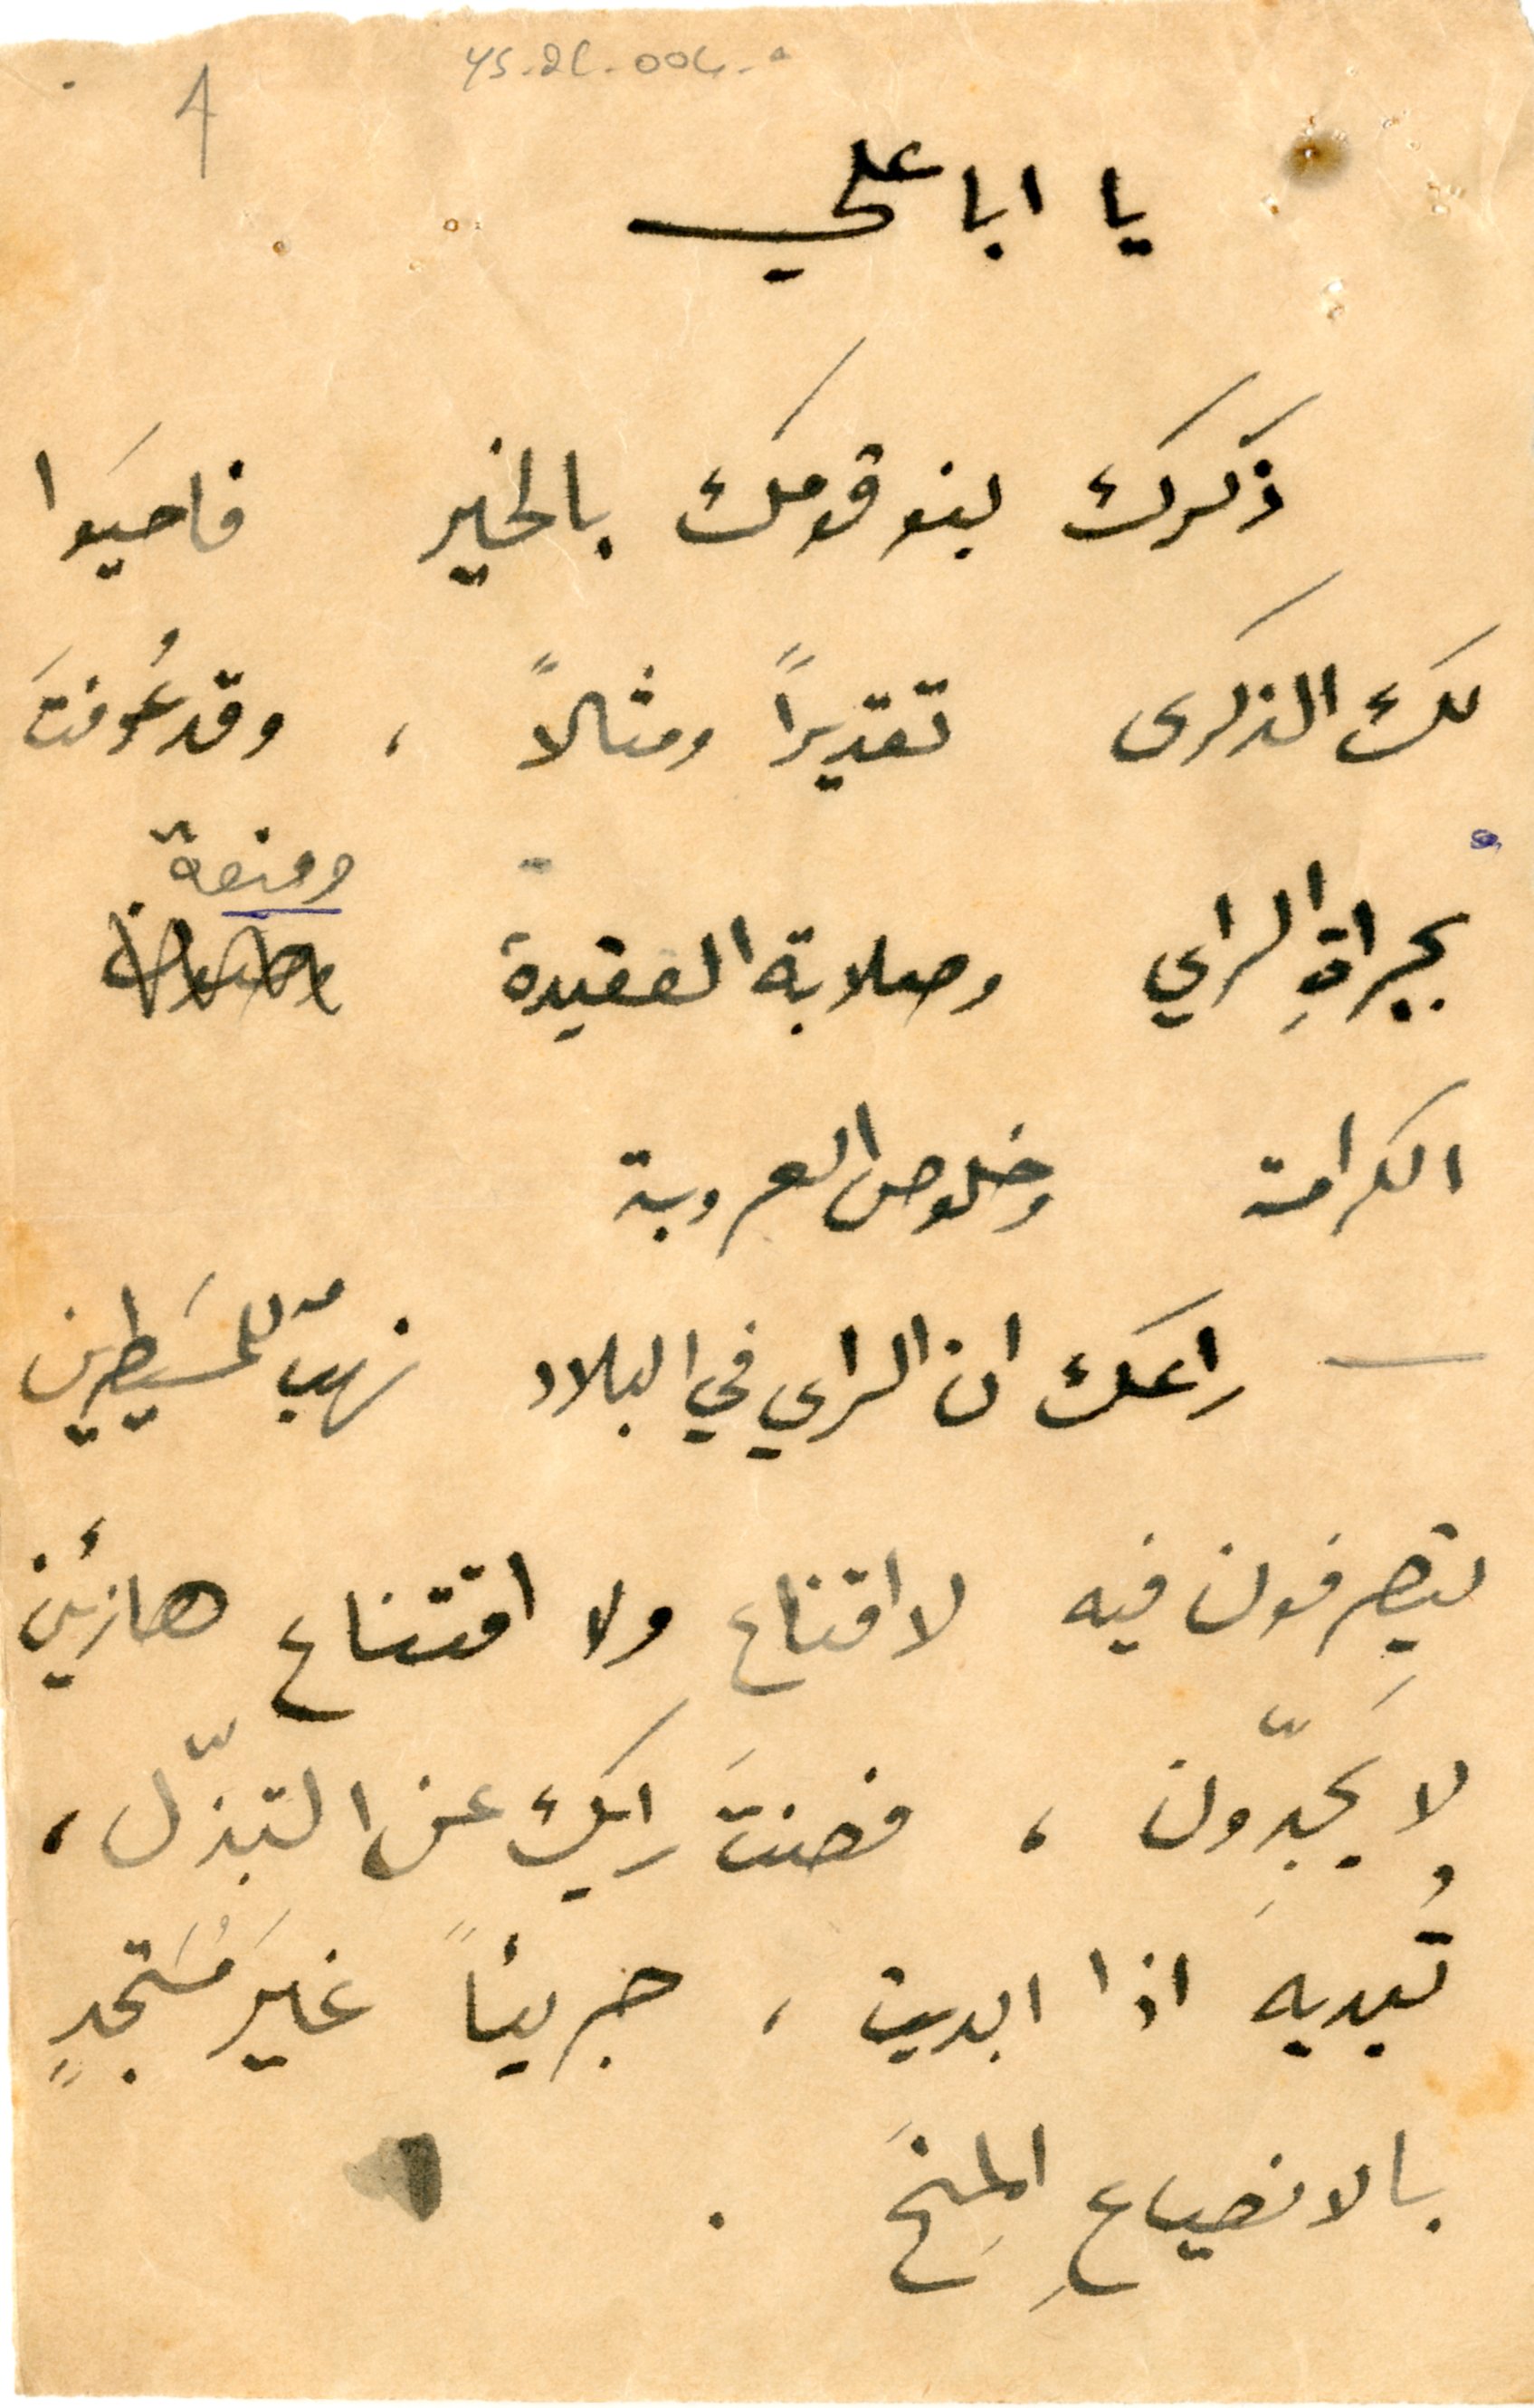
١	YS_2C_004a
يا ابا علي
ذكرك بنو قومك بالخير فاحيَوا
لك الذكرى تقديراً ومثالاً، وقد عُرفتَ
بجرأةِ الراي وصلابة العقيدة ومنعة
الكرامة وخلوص العروبة
راعك ان الراي في البلاد نهبّ للمسَيطرين
يتصرفون فيه لا اقناع ولا اقتناع هازئين
لا يَجدّون، فصنتَ رايك عن التبذّل،
تُبديه اذا ابديت، جريئأً غيرَ مُسَتجدٍ
بالانصياعِ المِنَح.